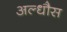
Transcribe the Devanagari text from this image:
अल्धौस